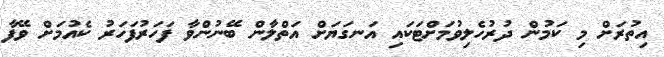
އިތުރަށް މި ކަމުން ދުރުހެލިވުމަށްޓަކައި އަނގަޔަށް އަތްލާން ބޭނުންވާ ފަހަރުފަހަރު ކެއުމަށް ވޭފާ